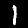
Label: 1